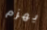
يهزم